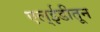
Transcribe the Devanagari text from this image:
एल्ईडीतून